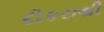
દીકરાથી